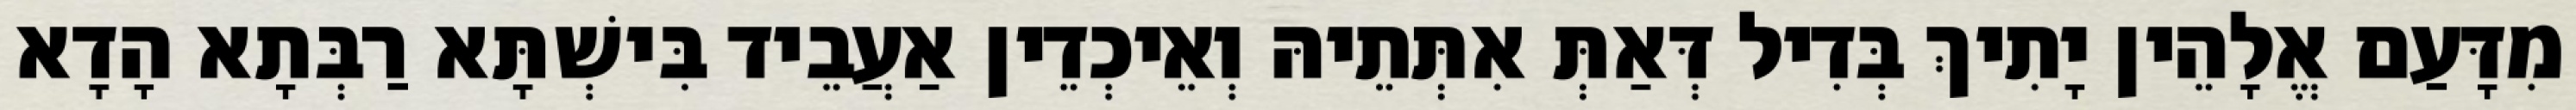
מִדָּעַם אֱלָהֵין יָתִיךְ בְּדִיל דְּאַתְּ אִתְּתֵיהּ וְאֵיכְדֵין אַעֲבֵיד בִּישְׁתָּא רַבְּתָא הָדָא